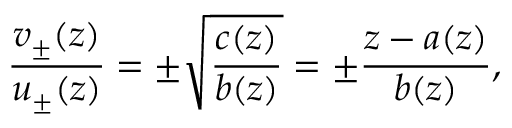
\frac { v _ { \pm } ( z ) } { u _ { \pm } ( z ) } = \pm \sqrt { \frac { c ( z ) } { b ( z ) } } = \pm \frac { z - a ( z ) } { b ( z ) } ,